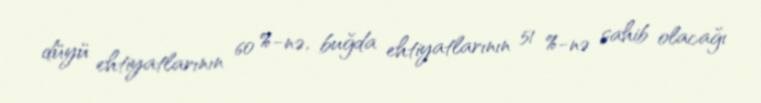
düyü ehtiyatlarının 60 %-nə, buğda ehtiyatlarının 51 %-nə sahib olacağı